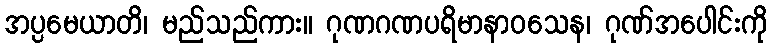
အပ္ပမေယာတိ၊ မည်သည်ကား။ ဂုဏဂဏပရိမာနာဝသေန၊ ဂုဏ်အပေါင်းကို